Civil Veterinary Dept. Bombay admin report 1923-31 - 1923-1931
Year: 1923
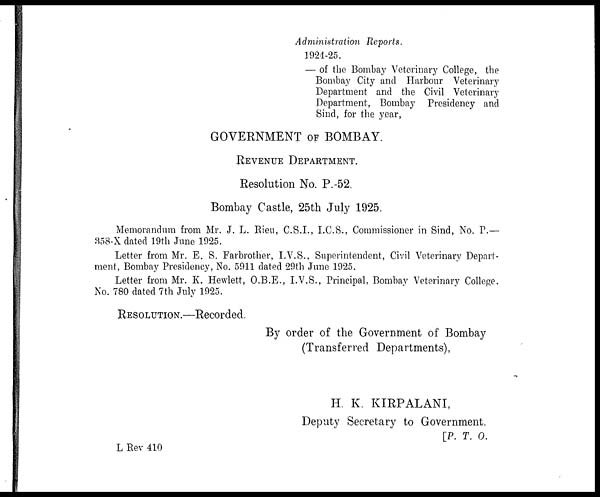
Administration Reports.
1921-25.
— of the Bombay Veterinary College, the
Bombay City and Harbour Veterinary
Department and the Civil Veterinary
Department, Bombay Presidency and
Sind, for the year,
GOVERNMENT OF BOMBAY.
REVENUE DEPARTMENT.
Resolution No. P.-52
Bombay Castle, 25th July 1925
Memorandum from Mr. J. L. Rieu, C.S.I., I.C.S., Commissioner in Sind, No. P.—
358-X dated 19th June 1925.
Letter from Mr. E. S. Farbrother, I.V.S., Superintendent, Civil Veterinary Depart-
ment, Bombay Presidency, No. 5911 dated 29th June 1925.
Letter from Mr. K. Hewlett, O.B.E., I.V.S., Principal, Bombay Veterinary College.
No. 780 dated 7th July 1925.
RESOLUTION.—Recorded.
By order of the Government of Bombay
(Transferred Departments),
H. K. KIRPALANI,
Deputy Secretary to Government.
[P. T. O.
L Rev 410